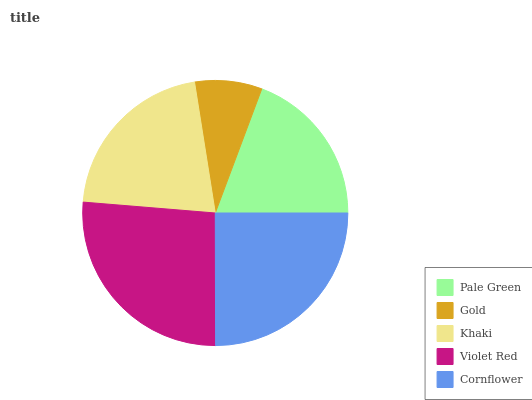
| Pale Green | Gold | Khaki | Violet Red | Cornflower |
 | --- | --- | --- | --- | --- |
 | 19.3% | 8.19% | 21.2% | 26.4% | 25% |